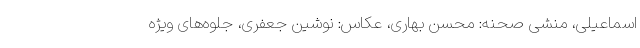
اسماعیلی، منشی صحنه: محسن بهاری، عکاس: نوشین جعفری، جلوه‌های ویژه